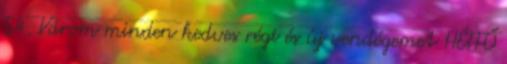
54. Várom minden kedves régi és új vendégemet HÉTFŐ